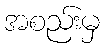
အစည်းမှ